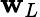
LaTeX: \mathbf{w}_{L}